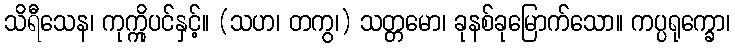
သိရီသေန၊ ကုက္ကိုပင်နှင့်။ (သဟ၊ တကွ၊) သတ္တမော၊ ခုနစ်ခုမြောက်သော။ ကပ္ပရုက္ခော၊